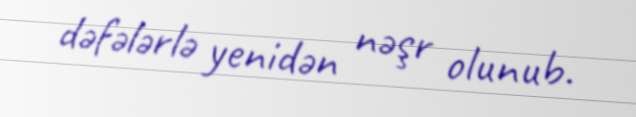
dəfələrlə yenidən nəşr olunub.